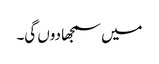
میں سمجھا دوں گی۔